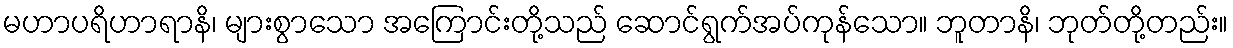
မဟာပရိဟာရာနိ၊ များစွာသော အကြောင်းတို့သည် ဆောင်ရွက်အပ်ကုန်သော။ ဘူတာနိ၊ ဘုတ်တို့တည်း။